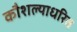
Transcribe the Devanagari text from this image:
कौशल्याधरित